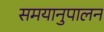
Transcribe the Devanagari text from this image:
समयानुपालन